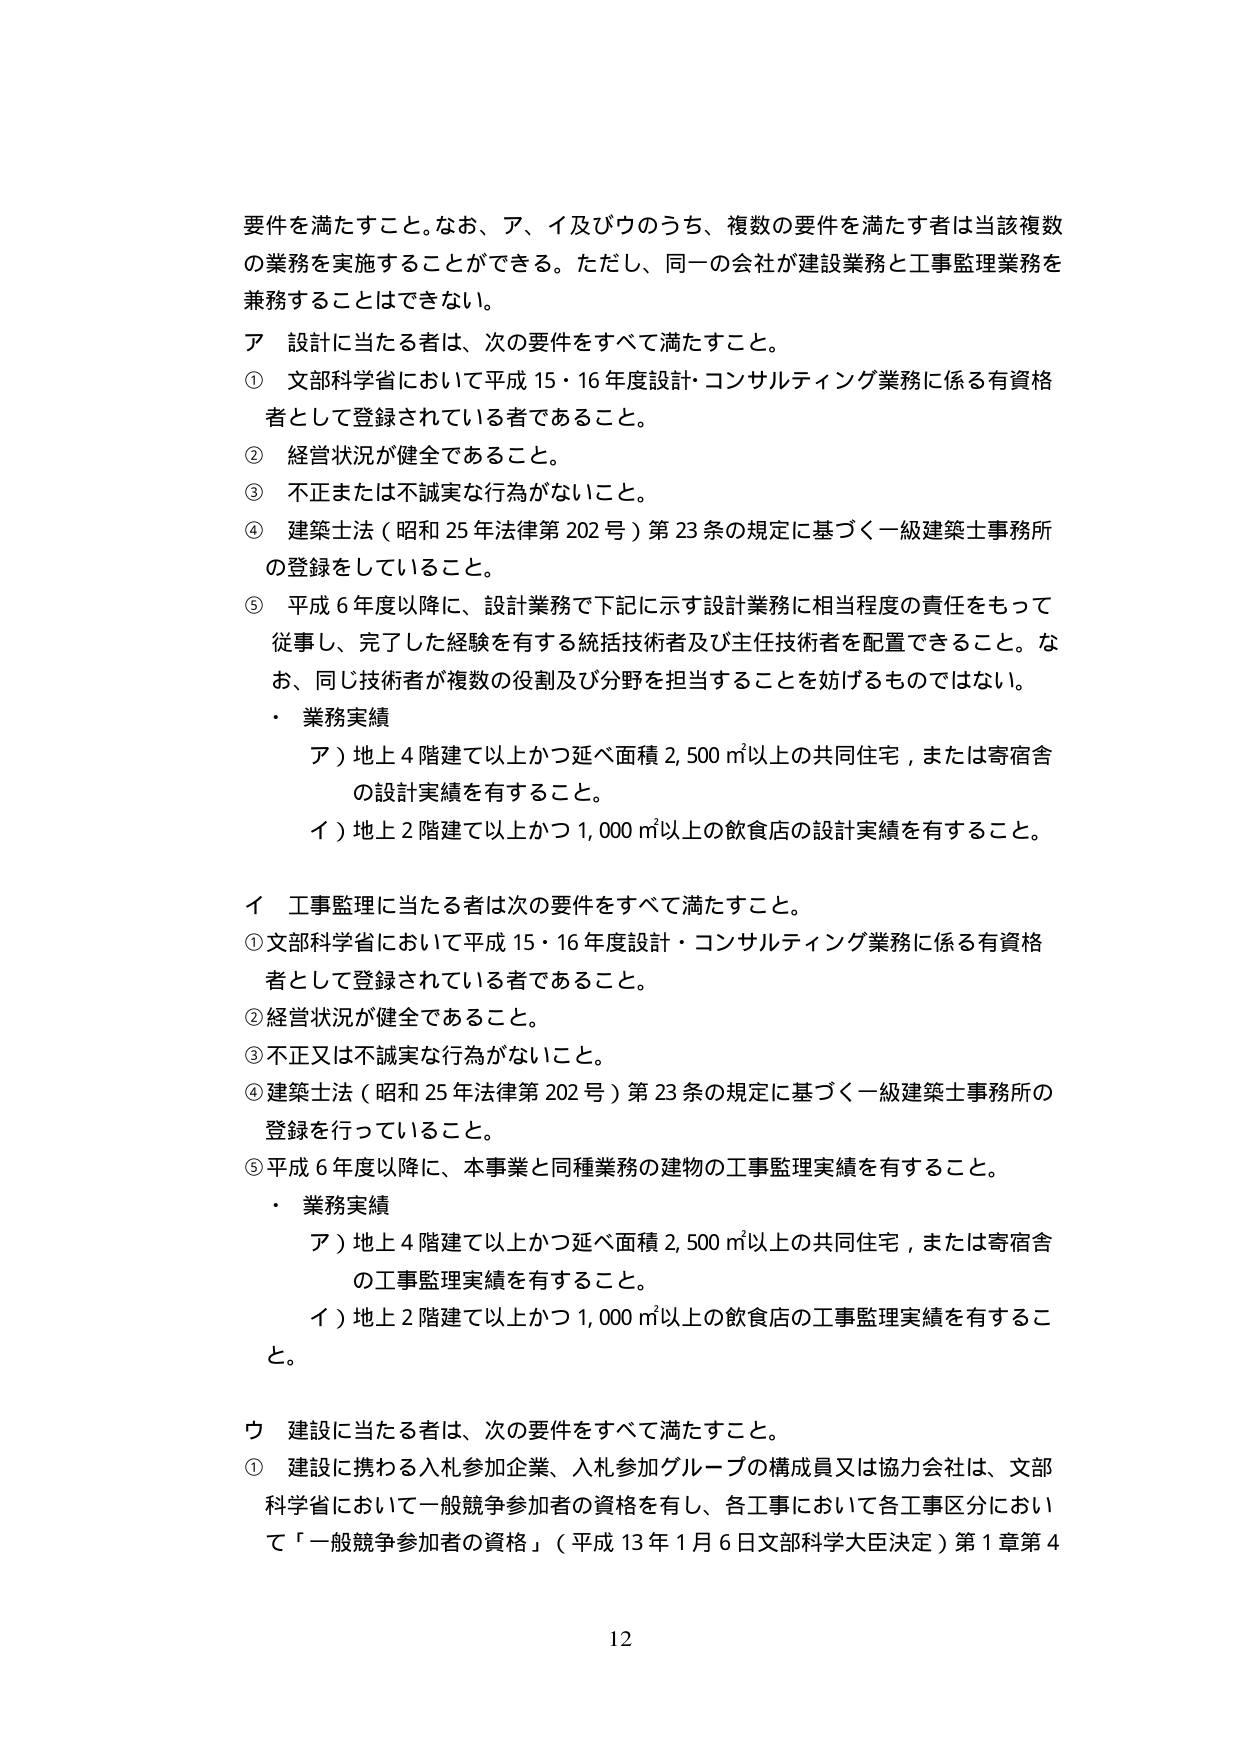
要件を満たすこと。なお、ア、イ及びウのうち、複数の要件を満たす者は当該複数の業務を実施することができる。ただし、同一の会社が建設業務と工事監理業務を兼務することはできない。

ア 設計に当たる者は、次の要件をすべて満たすこと。
① 文部科学省において平成15・16年度設計・コンサルティング業務に係る有資格者として登録されている者であること。
② 経営状況が健全であること。
③ 不正または不誠実な行為がないこと。
④ 建築士法（昭和25年法律第202号）第23条の規定に基づく一級建築士事務所の登録をしていること。
⑤ 平成6年度以降に、設計業務で下記に示す設計業務に相当程度の責任をもって従事し、完了した経験を有する統括技術者及び主任技術者を配置できること。なお、同じ技術者が複数の役割及び分野を担当することを妨げるものではない。
・ 業務実績
　ア）地上4階建て以上かつ延べ面積2,500㎡以上の共同住宅、または寄宿舎の設計実績を有すること。
　イ）地上2階建て以上かつ1,000㎡以上の飲食店の設計実績を有すること。

イ 工事監理に当たる者は次の要件をすべて満たすこと。
① 文部科学省において平成15・16年度設計・コンサルティング業務に係る有資格者として登録されている者であること。
② 経営状況が健全であること。
③ 不正又は不誠実な行為がないこと。
④ 建築士法（昭和25年法律第202号）第23条の規定に基づく一級建築士事務所の登録を行っていること。
⑤ 平成6年度以降に、本事業と同種業務の建物の工事監理実績を有すること。
・ 業務実績
　ア）地上4階建て以上かつ延べ面積2,500㎡以上の共同住宅、または寄宿舎の工事監理実績を有すること。
　イ）地上2階建て以上かつ1,000㎡以上の飲食店の工事監理実績を有すること。

ウ 建設に当たる者は、次の要件をすべて満たすこと。
① 建設に携わる入札参加企業、入札参加グループの構成員又は協力会社は、文部科学省において一般競争参加者の資格を有し、各工事において各工事区分において「一般競争参加者の資格」（平成13年1月6日文部科学大臣決定）第1章第4

12